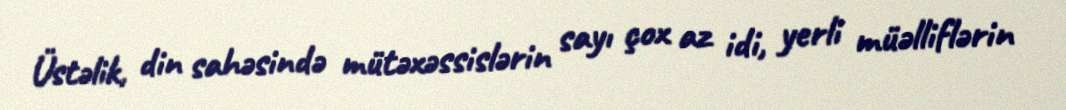
Üstəlik, din sahəsində mütəxəssislərin sayı çox az idi, yerli müəlliflərin